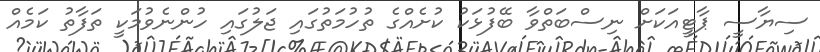
ސިޔާސީ ޕާޓީއަކަށް ނިސްބަތްވާ ބޭފުޅަކު ކުށެއްގެ ތުހުމަތުގައި ޖަލުގައި ހުންނެވުމަކީ ތަފާތު ކަމެއް